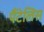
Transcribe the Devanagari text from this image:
पैंटेलिस